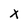
Character: x